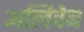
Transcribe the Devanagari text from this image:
अलिवेब